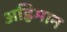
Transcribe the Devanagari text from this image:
अह्रिमान